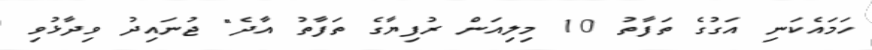
ހަމައެކަނި އަގުގެ ތަފާތު 10 މިލިއަން ރުފިޔާގެ ތަފާތު އާދެ" ޖުނައިދު ވިދާޅުވި